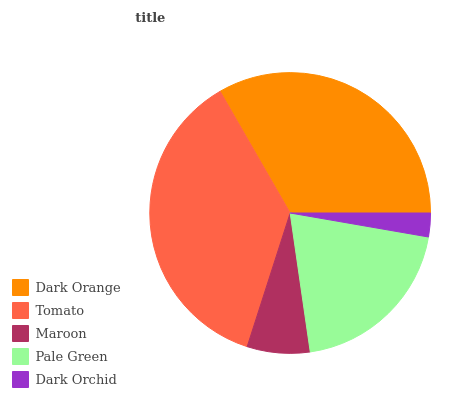
| Dark Orange | Tomato | Maroon | Pale Green | Dark Orchid |
 | --- | --- | --- | --- | --- |
 | 33.2% | 36.7% | 7.22% | 20% | 2.74% |